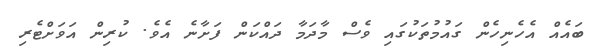
ބައެއް އެހެނިހެން ގައުމުތަކުގައި ވެސް މާދަމާ ދައްކަން ފަށާނެ އެވެ. ކުރިން އަވަށްޓެރި